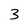
Character: 3